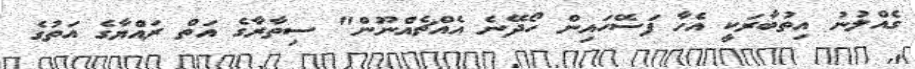
ގެއްލުނު އިތުބާރަކީ އެހާ ފަސޭހައިން ހޯދޭނެ އެއްޗެއްނޫން" ސިތާރާގެ އަތް ރައްޔާގެ އަތުގެ